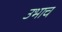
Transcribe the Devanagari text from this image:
उभाच